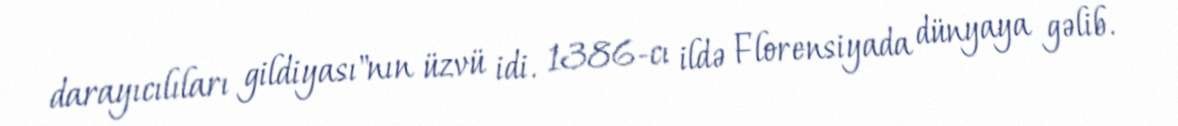
darayıcılıları gildiyası"nın üzvü idi. 1386-cı ildə Florensiyada dünyaya gəlib.